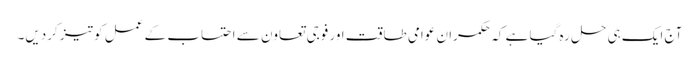
آج ایک ہی حل رہ گیا ہے کہ حکمران عوامی طاقت اور فوجی تعاون سے احتساب کے عمل کو تیز کردیں۔